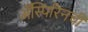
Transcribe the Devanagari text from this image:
ॲस्पिरिनची